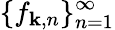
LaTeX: \{ f_{\mathbf{k},n}\} _{n=1}^{\infty}